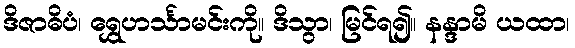
ဒိဇာဓိပံ၊ ရွှေဟင်္သာမင်းကို။ ဒိသွာ၊ မြင်ရ၍။ နန္ဒာမိ ယထာ၊